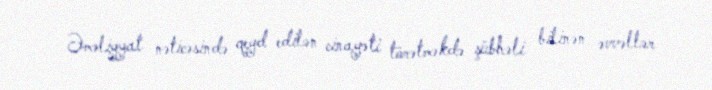
Əməliyyat nəticəsində qeyd edilən cinayəti törətməkdə şübhəli bilinən əvvəllər